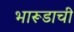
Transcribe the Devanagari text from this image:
भारूडाची